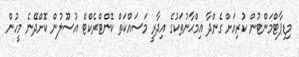
މިޑިޕާޓްމަންޓުން ކުރިއަށް ގެންދާ އިމްޙާނުތަކުގެ އިދާރީ މަސައްކަތް ކޮންޓްރެކްޓް އުސޫލުން ކޮށްދޭނެ މީހުން